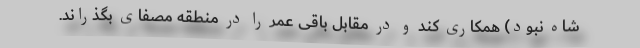
شاه نبود) همکاری کند و در مقابل باقی عمر را در منطقه مصفای بگذراند.